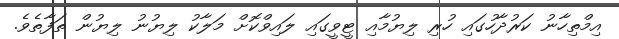
އިމްތިހާނު ކަރުދާހުގައި ހުރި ލިޔުމާއި ޓީވީގައި ލައިވްކޮށް މަލާކު ލިޔުނު ލިޔުން ތަފާތެވެ.